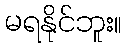
မရနိုင်ဘူး။